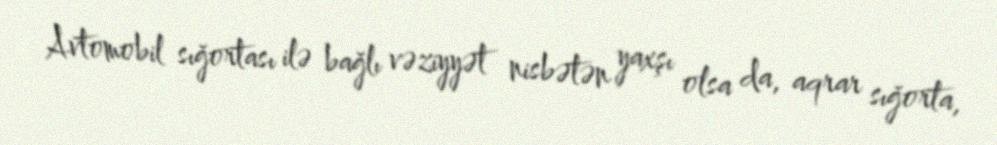
Avtomobil sığortası ilə bağlı vəziyyət nisbətən yaxşı olsa da, aqrar sığorta,